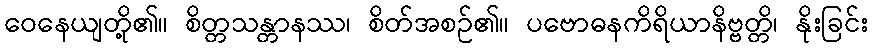
ဝေနေယျတို့၏။ စိတ္တသန္တာနဿ၊ စိတ်အစဉ်၏။ ပဗောဓနကိရိယာနိဗ္ဗတ္တိ၊ နိုးခြင်း